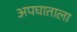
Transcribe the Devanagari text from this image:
अपघाताला